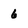
Character: 6